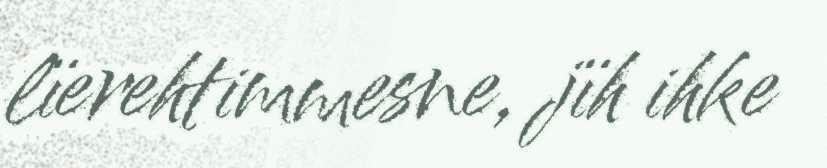
lïerehtimmesne, jïh ihke